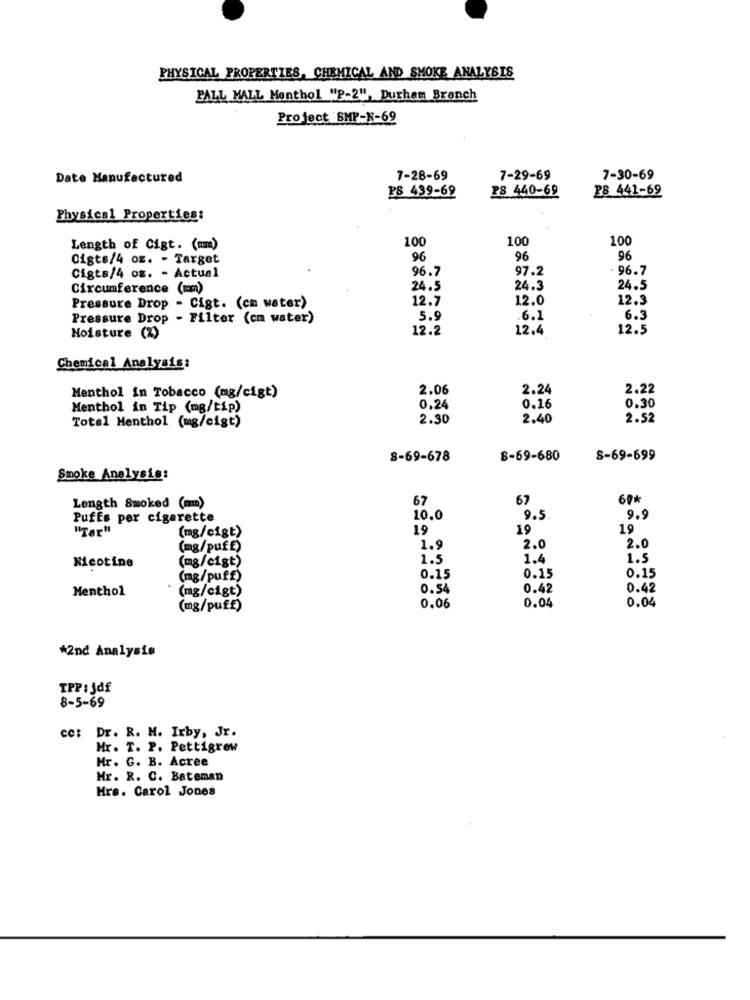
PHYSICAL PROPERTIES, CHEMICAL AND SMOKE ANALYSIS
PALL MALL Menthol "P-2", Durham Branch
Project SMP-N-69
Date Manufactured
7-28-69
7-29-69
7-30-69
PS 440-69
28 441-69
PS 439-69
Physical Properties:
100
100
100
Length of Cigt. (mm)
Cigts/4 oz. - Target
96
96
96
96.7
97.2
. 96.7
Cigts/4 oz. - Actual
Circumference (mm)
24.5
24.3
24.5
Pressure Drop - Cigt. (cm water)
12.7
12.0
12.3
Pressure Drop - Filter (cm water)
5.9
.6.1
6.3
12.2
12.4
12.5
Moisture (%)
Chemical Analysis:
2.06
2.24
2.22
Menthol In Tobacco (mg/cigt)
0.30
Menthol in Tip (mg/tip)
0.24
0.16
Total Menthol (mg/cigt)
2.30
2.40
2.52
8-69-678
8-69-680
8-69-699
Smoke Analysis:
67
67
Length Smoked (mm)
Puffs per cigarette
10.0
9.5
9.9
"Tar"
(mg/cigt)
19
19
19
(mg/puff)
1.9
2.0
2.0
(mg/cigt)
1.5
1.4
1.5
Nicotine
0.15
(mg/puff)
0.15
0.15
Menthol
(mg/cigt)
0.54
0.42
0.42
0.04
0.04
(mg/puff)
0.06
*2nd Analysis
TPP: jdf
8-5-69
cc: Dr. R. M. Irby, Jr.
Mr . T. P. Pettigrew
Hr. G. B. Acree
Mr. R. C. Bateman
Hrs. Carol Jones